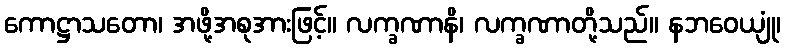
ကောဋ္ဌာသတော၊ အဖို့အစုအားဖြင့်။ လက္ခဏာနိ၊ လက္ခဏာတို့သည်။ နဘဝေယျုံ၊